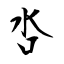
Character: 呇